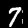
Label: 7